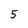
Character: 5